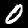
Digit: 0